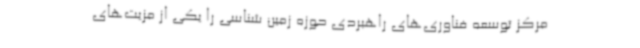
مرکز توسعه فناوری‌های راهبردی حوزه زمین شناسی را یکی از مزیت‌های